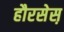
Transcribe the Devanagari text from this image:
हौरसेस़